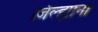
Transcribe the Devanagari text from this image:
जिल्ह्याना